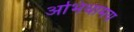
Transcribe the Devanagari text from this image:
अभिधामय